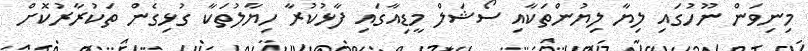
މިނިވަން ނޫހުގައި ލިޔާ ލިޔުންތަކާއި ސޯޝަލް މީޑިއާގައި ފާޅުކުރާ ހިޔާލުތަކާ ގުޅިގެން ތަކުރާރުކޮށް